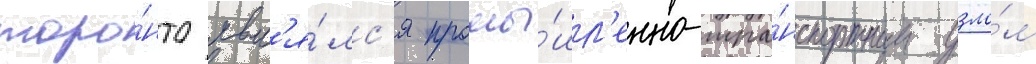
торо́нто явл'я́лс'я промы́шл'енно-тра́нспортным узло́м